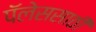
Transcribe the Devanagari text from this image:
पॅलेससाठी